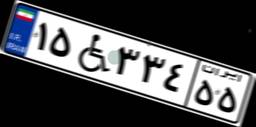
۱۵W۳۳۴۵۵